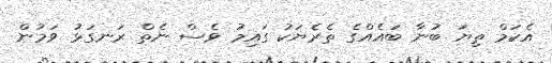
އެކަމް ތިޔަ ބުނާ ބައެއްގެ ތެރެޔަކު ގައިމު ވެސް ނެތް ރަނގަޅު ވަމުން